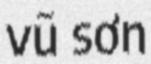
vũ sơn